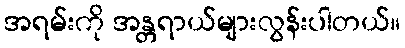
အရမ်းကို အန္တရာယ်များလွန်းပါတယ်။